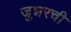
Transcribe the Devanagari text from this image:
जुन्नरची